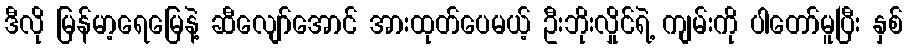
ဒီလို မြန်မာ့ရေမြေနဲ့ ဆီလျော်အောင် အားထုတ်ပေမယ့် ဦးဘိုးလှိုင်ရဲ့ ကျမ်းကို ပါတော်မူပြီး နှစ်